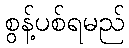
စွန့်ပစ်ရမည်